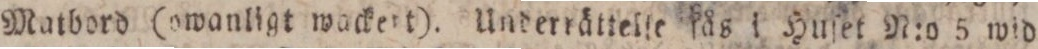
Matbord (owanligt wackert). Underrättelſe fås i Huſet N:o 5 wid